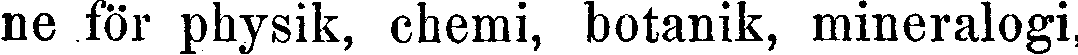
ne för physik, chemi, botanik, mineralogi,